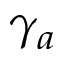
\gamma _ { a }